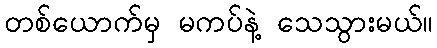
တစ်ယောက်မှ မကပ်နဲ့ သေသွားမယ်။